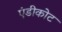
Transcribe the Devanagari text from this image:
एंडीकोट